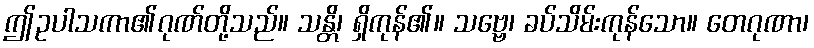
ဤဥပါသကာ၏ဂုဏ်တို့သည်။ သန္တိ၊ ရှိကုန်၏။ သဗ္ဗေ၊ ခပ်သိမ်းကုန်သော။ တေဂုဏာ၊